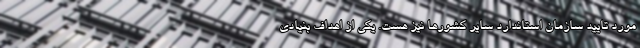
مورد تایید سازمان استاندارد سایر کشورها نیز هست. یکی از اهداف بنیادی